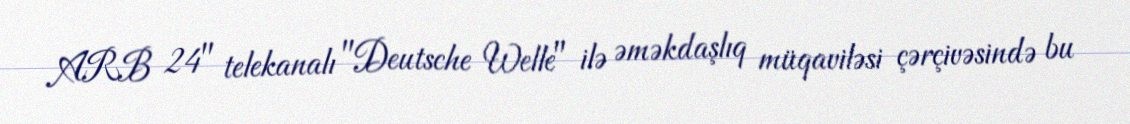
ARB 24" telekanalı "Deutsche Welle" ilə əməkdaşlıq müqaviləsi çərçivəsində bu